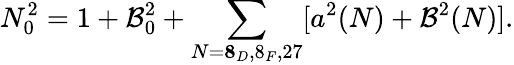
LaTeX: N_{0}^{2}=1+\mathcal{B}_{0}^{2}+\sum_{N={\mathbf{8}_{D},8_{F},27}}[a^{2}(N)+\mathcal{B}^{2}(N)].